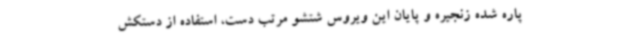
پاره شده زنجیره و پایان این ویروس شتشو مرتب دست، استفاده از دستکش